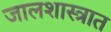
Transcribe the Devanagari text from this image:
जालशास्त्रात